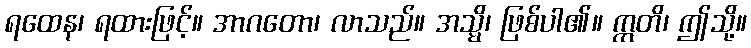
ရထေန၊ ရထားဖြင့်။ အာဂတော၊ လာသည်။ အသ္မိ၊ ဖြစ်ပါ၏။ ဣတိ၊ ဤသို့။